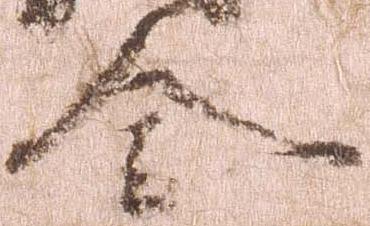
令